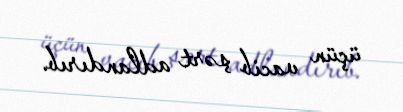
üçün vacib şərt adlandırıb.